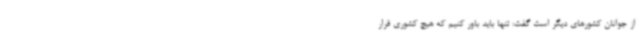
از جوانان کشورهای دیگر است گفت: تنها باید باور کنیم که هیچ کشوری قرار